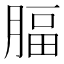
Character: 腷